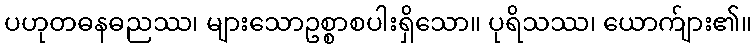
ပဟုတဓနဓညဿ၊ များသောဥစ္စာစပါးရှိသော။ ပုရိသဿ၊ ယောက်ျား၏။